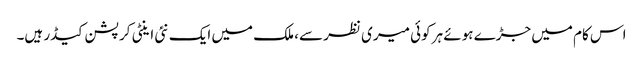
اس کام میں جڑے ہوئے ہر کوئی میری نظر سے، ملک میں ایک نئی اینٹی کرپشن کیڈر ہیں۔